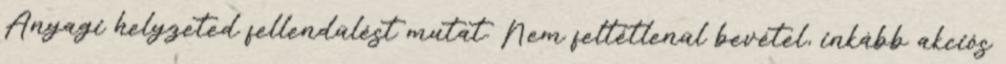
Anyagi helyzeted fellendülést mutat. Nem feltétlenül bevétel, inkább akciós